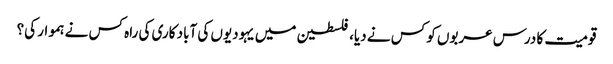
قومیت کا درس عربوں کو کس نے دیا، فلسطین میں یہودیوں کی آباد کاری کی راہ کس نے ہموار کی؟